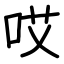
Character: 哎